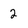
Character: 2